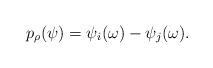
LaTeX: \begin{align*}p_\rho(\psi)=\psi_i(\omega)-\psi_j(\omega). \end{align*}